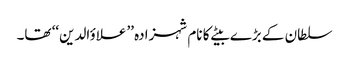
سلطان کے بڑے بیٹے کا نام شہزادہ ’’علاؤالدین‘‘ تھا۔